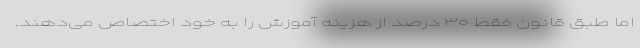
اما طبق قانون فقط ۳۰ درصد از هزینه آموزش را به خود اختصاص می‌دهند.